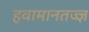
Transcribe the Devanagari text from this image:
हवामानतज्ज्ञ